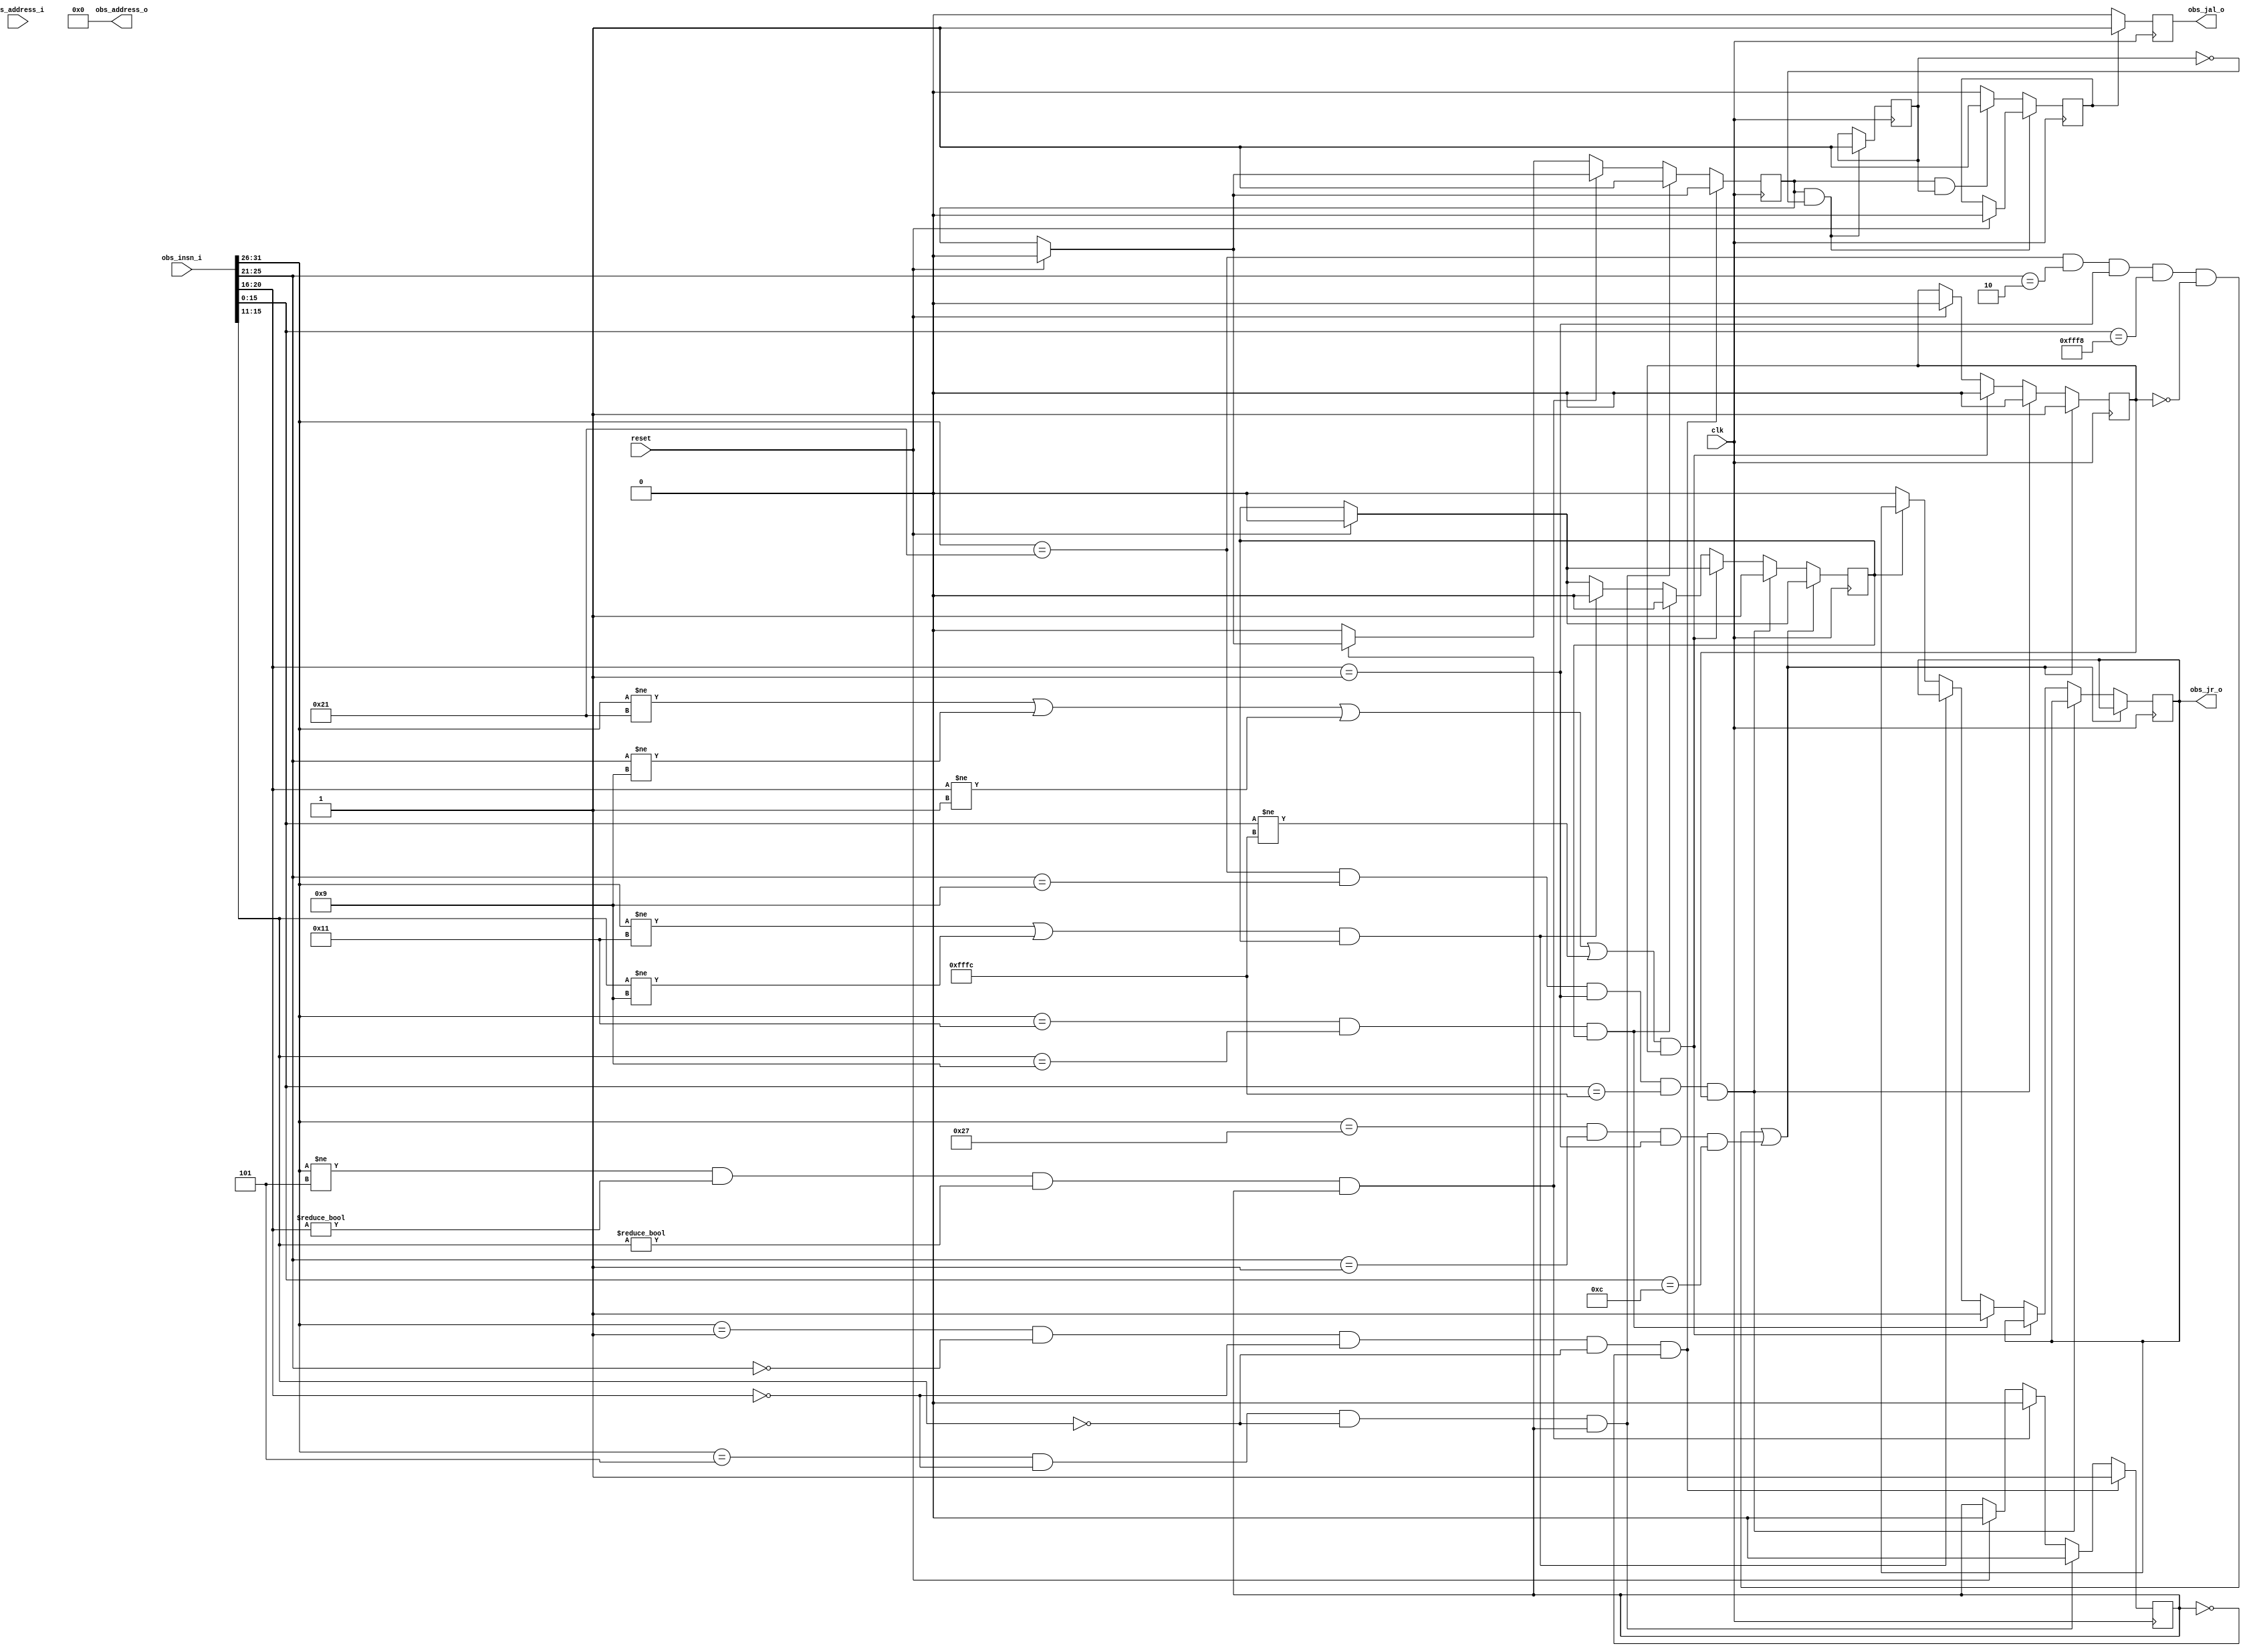
`timescale 1ns / 1ps
//////////////////////////////////////////////////////////////////////////////////
// Company: Grenoble INP - Esisar
// 	Bresch Cyril <cyrbresch@gmail.com>
//	Michelet Adrien <a.michelet-gignoux@hotmail.fr>
//	Amato Laurent <amato.laurent@gmail.com>
//	Meyer Thomas <thomasm0301@gmail.com>
// 
// Design Name: Speculoos
// Module Name: Observer
// Project Name: CSAW_ESC_2016_Speculoos
// Target Devices: De0_nano
// Description: Observer
// 
// Dependencies: master=>speculoos.v slave=>monitor.v
// 
// Revision 1.0 - 07.11.206 - Final release
// Revision 0.01 - 27.10.2016 - File Created 
// 
//////////////////////////////////////////////////////////////////////////////////

module observer(
    clk,
    reset,
    obs_insn_i,
    obs_address_i,
    obs_jal_o,
    obs_jr_o,
    obs_address_o
    );

// Port declaration
    input clk;
    input reset;
    input [31:0] obs_insn_i;
    input [31:0] obs_address_i;

    output obs_jal_o;
    output obs_jr_o;
    output [31:0] obs_address_o;

// Wires
    wire clk;
    wire reset;
    wire [31:0] obs_insn_i;
    wire [31:0] obs_address_i;

    reg obs_jal_o = 1'b0;
    wire obs_jr_o;

// Registers
    reg [31:0] obs_address_o = 32'h0;

// Intern wires
    wire [5:0] opcode;
    assign opcode = obs_insn_i[31:26];
    wire [4:0] I_jal;
    assign I_jal = obs_insn_i[25:21];
    wire [4:0] rA;
    assign rA = obs_insn_i[20:16];
    wire [4:0] rB;
    assign rB = obs_insn_i[15:11];
    wire [4:0] rD;
    assign rD = obs_insn_i[25:21];
    wire [15:0] I_jr;
    assign I_jr = obs_insn_i[15:0];

// Intern registers
    reg jal_first = 1'b0;

    reg jal_rise = 1'b0;
    reg jal_detect = 1'b0;
    reg jal_detect2 = 1'b0;
    //reg jal_detect3 = 1'b0;

    reg jr_rise = 1'b0;
    reg jr_detect = 1'b0;
    reg jr_confirm = 1'b0;

// jal detection
always @ (posedge clk)
begin
	if (reset)
	begin
		jal_detect <= 1'b0; 
		jal_rise<= 1'b0;
	end

	if (opcode == 6'h1  && I_jal == 5'h0 && rA == 5'h0 && rB == 5'h0 && jal_rise == 1'b0) // l.jal (function) detection (voir photo)
	begin
		jal_rise <= 1'b1;
	end
	else if (opcode == 6'h5 && rA == 5'h0 && rB == 5'h0 && jal_rise == 1'b1) // (voir photo) 
 	begin
		jal_rise <= 1'b0;
		jal_detect <= 1'b1;
	end
	else if ((opcode != 6'h5 && rA != 5'h0 && rB != 5'h0) && jal_rise == 1'b1)
	begin
		jal_rise <= 1'b0;
	end
	else if (jal_rise == 1'b0)
	begin
		jal_detect <= 1'b0;
	end
end

// jr detection
always @ (posedge clk)
begin

	if (reset)
	begin 
		jr_detect <= 1'b0;
		jr_rise <= 1'b0;
	end
	
	if ((opcode == 6'h21 && rD == 5'h2 && rA == 5'h1 && I_jr == 16'b1111111111111000 && jr_rise == 1'b0) || (opcode == 6'h27 && rD == 5'h1 && rA == 5'h1 && I_jr == 16'hC)) // l.lwz r2, -8(r1) or l.addi r1, r1, 12 detection
	begin
		jr_rise <= 1'b1;
	end 
	else if (opcode == 6'h21 && rD == 5'h9 && rA == 5'h1 && I_jr == 16'b1111111111111100 && jr_rise == 1'b1) // l.lwz r9,-4(r1) detection
	begin
		jr_rise <= 1'b0;
		jr_detect <= 1'b1;
	end
	else if ((opcode != 6'h21 || rD != 5'h9 || rA != 5'h1 || I_jr != 16'b1111111111111100) && jr_rise == 1'b1)
	begin
		jr_rise <= 1'b0;
	end
	else if (opcode == 6'h11 && rB == 5'h9 && jr_detect == 1'b1) // l.jr r9 detection
	begin
		jr_detect <= 1'b0;
		jr_confirm <= 1'b1;
	end
	else if ((opcode != 6'h11 || rB != 5'h9) && jr_detect == 1'b1)
	begin
		jr_detect <= 1'b0;
	end
	else if (jr_detect == 1'b0)
	begin 
		jr_confirm <= 1'b0;
	end


/*
	if (opcode == 6'h21 && rD == 5'h9 && rA == 5'h1 && I_jr == 16'b1111111111111100 && jr_rise == 1'b0) // l.lwz r9,-4(r1) detection
	begin
		jr_rise <= 1'b1;
	end
	else if (opcode == 6'h11 && rB == 5'h9 && jr_rise == 1'b1) // l.jr r9 detection
	begin
		jr_rise <= 1'b0;
		jr_detect <= 1'b1;
	end
	else if (opcode != 6'h11 && rB != 5'h9 && jr_rise == 1'b1)
	begin
		jr_rise <= 1'b0;
	end
	else if (opcode == 6'h21 && rD == 5'h1 && rA == 5'h1 && I_jr == 16'b1111111111111000 && jr_detect == 1'b1) //l.lwz r1,-8(r1) detection
	begin
		jr_detect <= 1'b0;
		jr_confirm <= 1'b1;
	end
	else if (opcode != 6'h21 && rD == 5'h1 && rA != 5'h1 && I_jr != 16'b1111111111111000 && jr_detect == 1'b1)
	begin
		jr_detect <= 1'b0;
	end
	else if (jr_detect == 1'b0)
	begin 
		jr_confirm <= 1'b0;
	end */
end

// jal 1 clock delay
always @ (posedge clk)
begin
	if (reset)
	begin
		jal_detect2 <= 1'b0;		 
	end
	 
	if (jal_detect==1'b1 && jal_first==1'b0) 
	begin
		jal_first <= 1'b1;
	end
	else if (jal_detect==1'b1 && jal_first==1'b1) 
	begin
		jal_detect2 <= 1'b1;
	end	
	else 
	begin
		jal_detect2 <= 1'b0;
	end
end

// jal final delay
always @ (posedge clk)
begin
	if (reset)
	begin
		obs_jal_o <= 1'b0;
	end
	 
	if (jal_detect2==1'b1) 
	begin
		obs_jal_o <= 1'b1;
	end
	else 
	begin
		obs_jal_o <= 1'b0;
	end
end

/*
always @ (posedge clk)
begin
	if (reset)
	begin
		jal_detect3 <= 1'b0;	 
	end
	 
	if (jal_detect2==1'b1) 
	begin
		jal_detect3 <= 1'b1;
	end
	else 
	begin
		jal_detect3 <= 1'b0;
	end
end
*/

assign obs_jr_o = jr_confirm;

endmodule